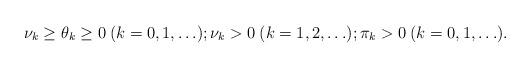
LaTeX: \begin{align*}\nu_k\ge \theta_k\ge 0\>(k=0,1,\ldots);\nu_k>0\>(k=1,2,\ldots);\pi_k> 0\>(k=0,1,\ldots).\end{align*}